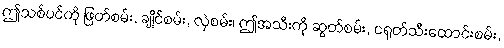
ဤသစ်ပင်ကို ဖြတ်စမ်း, ချိုင်စမ်း, လှဲစမ်း၊ ဤအသီးကို ဆွတ်စမ်း, ငရုတ်သီးထောင်းစမ်း,